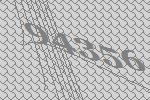
94356